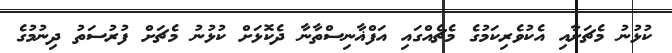
ކުޅުނު މެޗަށާއި އެކުވެރިކަމުގެ މެޗެއްގައި އަފްޣާނިސްތާނާ ދެކޮޅަށް ކުޅުނު މެޗަށް ފުރުސަތު ދިނުމުގެ